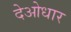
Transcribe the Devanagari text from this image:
देओधार